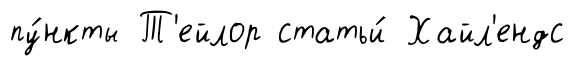
пу́нкты Т'ейлор статьи́ Хайл'ендс